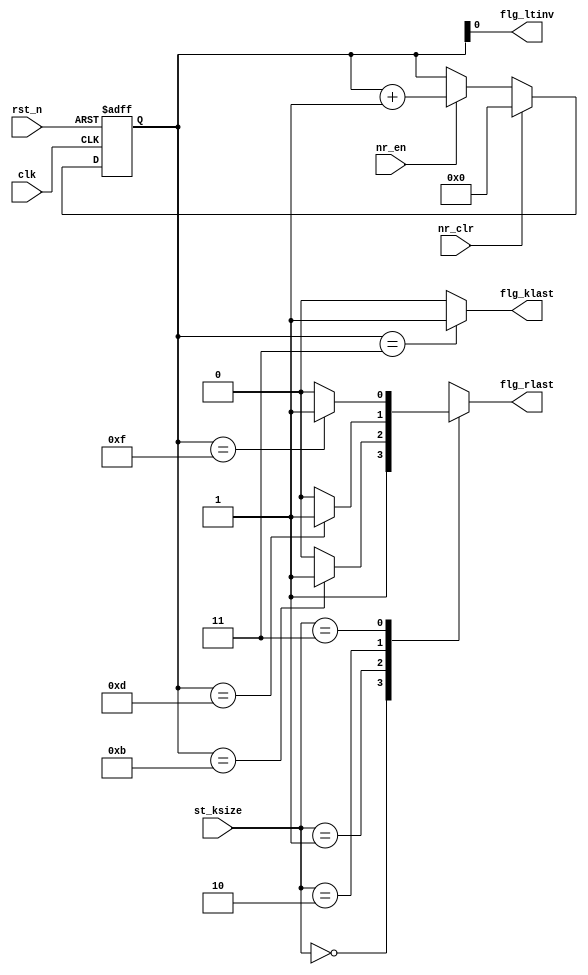
//-----------------------------------------------------------------------------
// Title         : ARIA Number of Round Module
// Project       : ARIA 1.1
//-----------------------------------------------------------------------------
//-----------------------------------------------------------------------------
// Description :
// ARIA Round Nr Module
//-----------------------------------------------------------------------------
// Copyright (c) 2018 by ISLAB This model is the confidential and
// proprietary property of ISLAB and the possession or use of this
// file requires a written license from ISLAB.
//------------------------------------------------------------------------------
// Modification history :
// 12.12.2018 : created by Haeyoung Kim
// 14.12.2018 : Code Refactoring by Haeyoung Kim
//-----------------------------------------------------------------------------
module aria_round_nr (/*AUTOARG*/
   // Outputs
   flg_klast, flg_rlast, flg_ltinv,
   // Inputs
   clk, rst_n, nr_clr, nr_en, st_ksize
   ) ;
   input        clk, rst_n;

   input        nr_clr;
   input        nr_en;

   input  [1:0] st_ksize;

   output       flg_klast;
   output       flg_rlast;
   output       flg_ltinv;

   /* Output Type */
   wire         flg_klast;
   wire         flg_ltinv;
   reg          flg_rlast;

   reg [3:0]    nr;

   wire [3:0]   nr_nxt;
   assign       nr_nxt = nr + 4'd1;

   wire         blk_128_last;
   wire         blk_192_last;
   wire         blk_256_last;


   assign       blk_128_last = (nr == 4'd11) ? 1 : 0;
   assign       blk_192_last = (nr == 4'd13) ? 1 : 0;
   assign       blk_256_last = (nr == 4'd15) ? 1 : 0;
   assign       flg_klast    = (nr == 4'd3)  ? 1 : 0;
   assign       flg_ltinv    = nr[0];

   always @ (*) begin
      case (st_ksize)
        2'b00 : flg_rlast = 1'b1;
        2'b01 : flg_rlast = blk_128_last;
        2'b10 : flg_rlast = blk_192_last;
        2'b11 : flg_rlast = blk_256_last;
      endcase // case (st_ksize)
   end


   always @ (posedge clk or negedge rst_n) begin
      if(!rst_n) begin
         nr <= 4'd0;
      end else begin
         if(nr_clr) begin
            nr <= 4'd0;
         end else if(nr_en) begin
            nr <= nr_nxt;
         end
      end
   end

endmodule // aria_round_nr